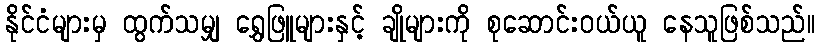
နိုင်ငံများမှ ထွက်သမျှ ရွှေဖြူများနှင့် ချိုများကို စုဆောင်းဝယ်ယူ နေသူဖြစ်သည်။